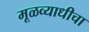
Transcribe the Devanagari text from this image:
मूळव्याधीचा